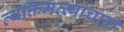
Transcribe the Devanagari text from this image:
व्यक्तिमत्त्वांचाही